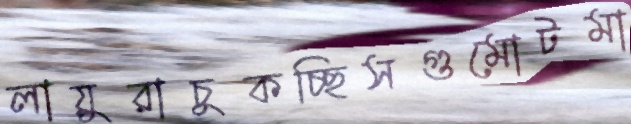
লায়ুরাচুকচ্ছিসগুমোটমা